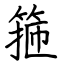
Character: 箍